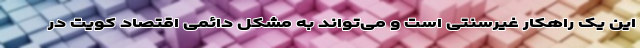
این یک راهکار غیرسنتی است و می‌تواند به مشکل دائمی اقتصاد کویت در